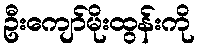
ဦးကျော်မိုးထွန်းကို